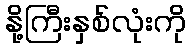
နို့ကြီးနှစ်လုံးကို